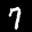
Label: 7